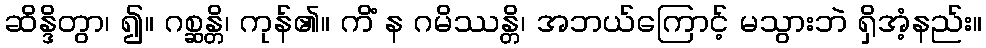
ဆိန္ဒိတွာ၊ ၍။ ဂစ္ဆန္တိ၊ ကုန်၏။ ကိံ န ဂမိဿန္တိ၊ အဘယ်ကြောင့် မသွားဘဲ ရှိအံ့နည်း။